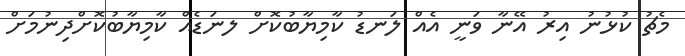
މެޗު ކުޅުނު އިރު އޭނާ ވަނީ އެއް ލަނޑު ކާމިޔާބުކޮށް ލނަޑެއް ކާމިޔާބުކޮށްދިނުމަށް